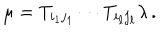
LaTeX: \mu = T _ { i _ { 1 } j _ { 1 } } \cdots T _ { i _ { \ell } j _ { \ell } } \lambda \, .